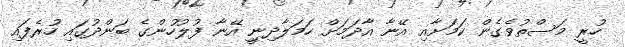
ހުރީ މަސްތުވެގެން ކަމަށާއި އޭނާ އާދަމަށް ހަމަލާދިނިީ އޭނާ ފުލުހުންގެ ބަންދުގައި ހުރެފައި